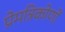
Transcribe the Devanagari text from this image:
प्रेमत्रिकोणों